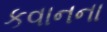
કવાનના